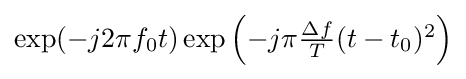
{\textstyle \exp(-j2\pi f_{0}t)\exp \left(-j\pi {\frac {\Delta f}{T}}(t-t_{0})^{2}\right)}